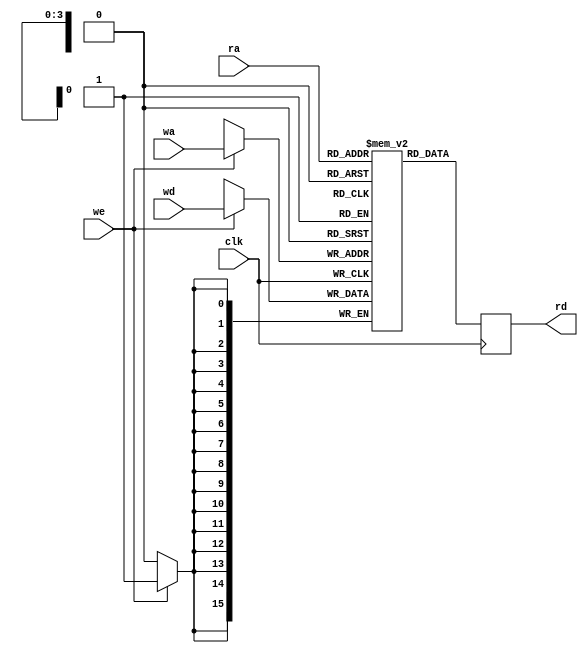
module ram #(parameter DWIDTH=16,AWIDTH= 4, DEPTH=16)(
input clk,
input we, //write enable              
input [AWIDTH-1:0] wa, // write address
input [DWIDTH-1:0] wd, // write data
input [AWIDTH-1:0] ra, // read address
output reg [DWIDTH-1:0] rd // read data
);

reg [DWIDTH-1:0]mem[DEPTH-1:0];

// memeroy write
always @(posedge clk)
begin
     if(we)
          mem[wa] <= wd;
end

//memory read
always @(posedge clk)
    rd <= mem[ra];
endmodule